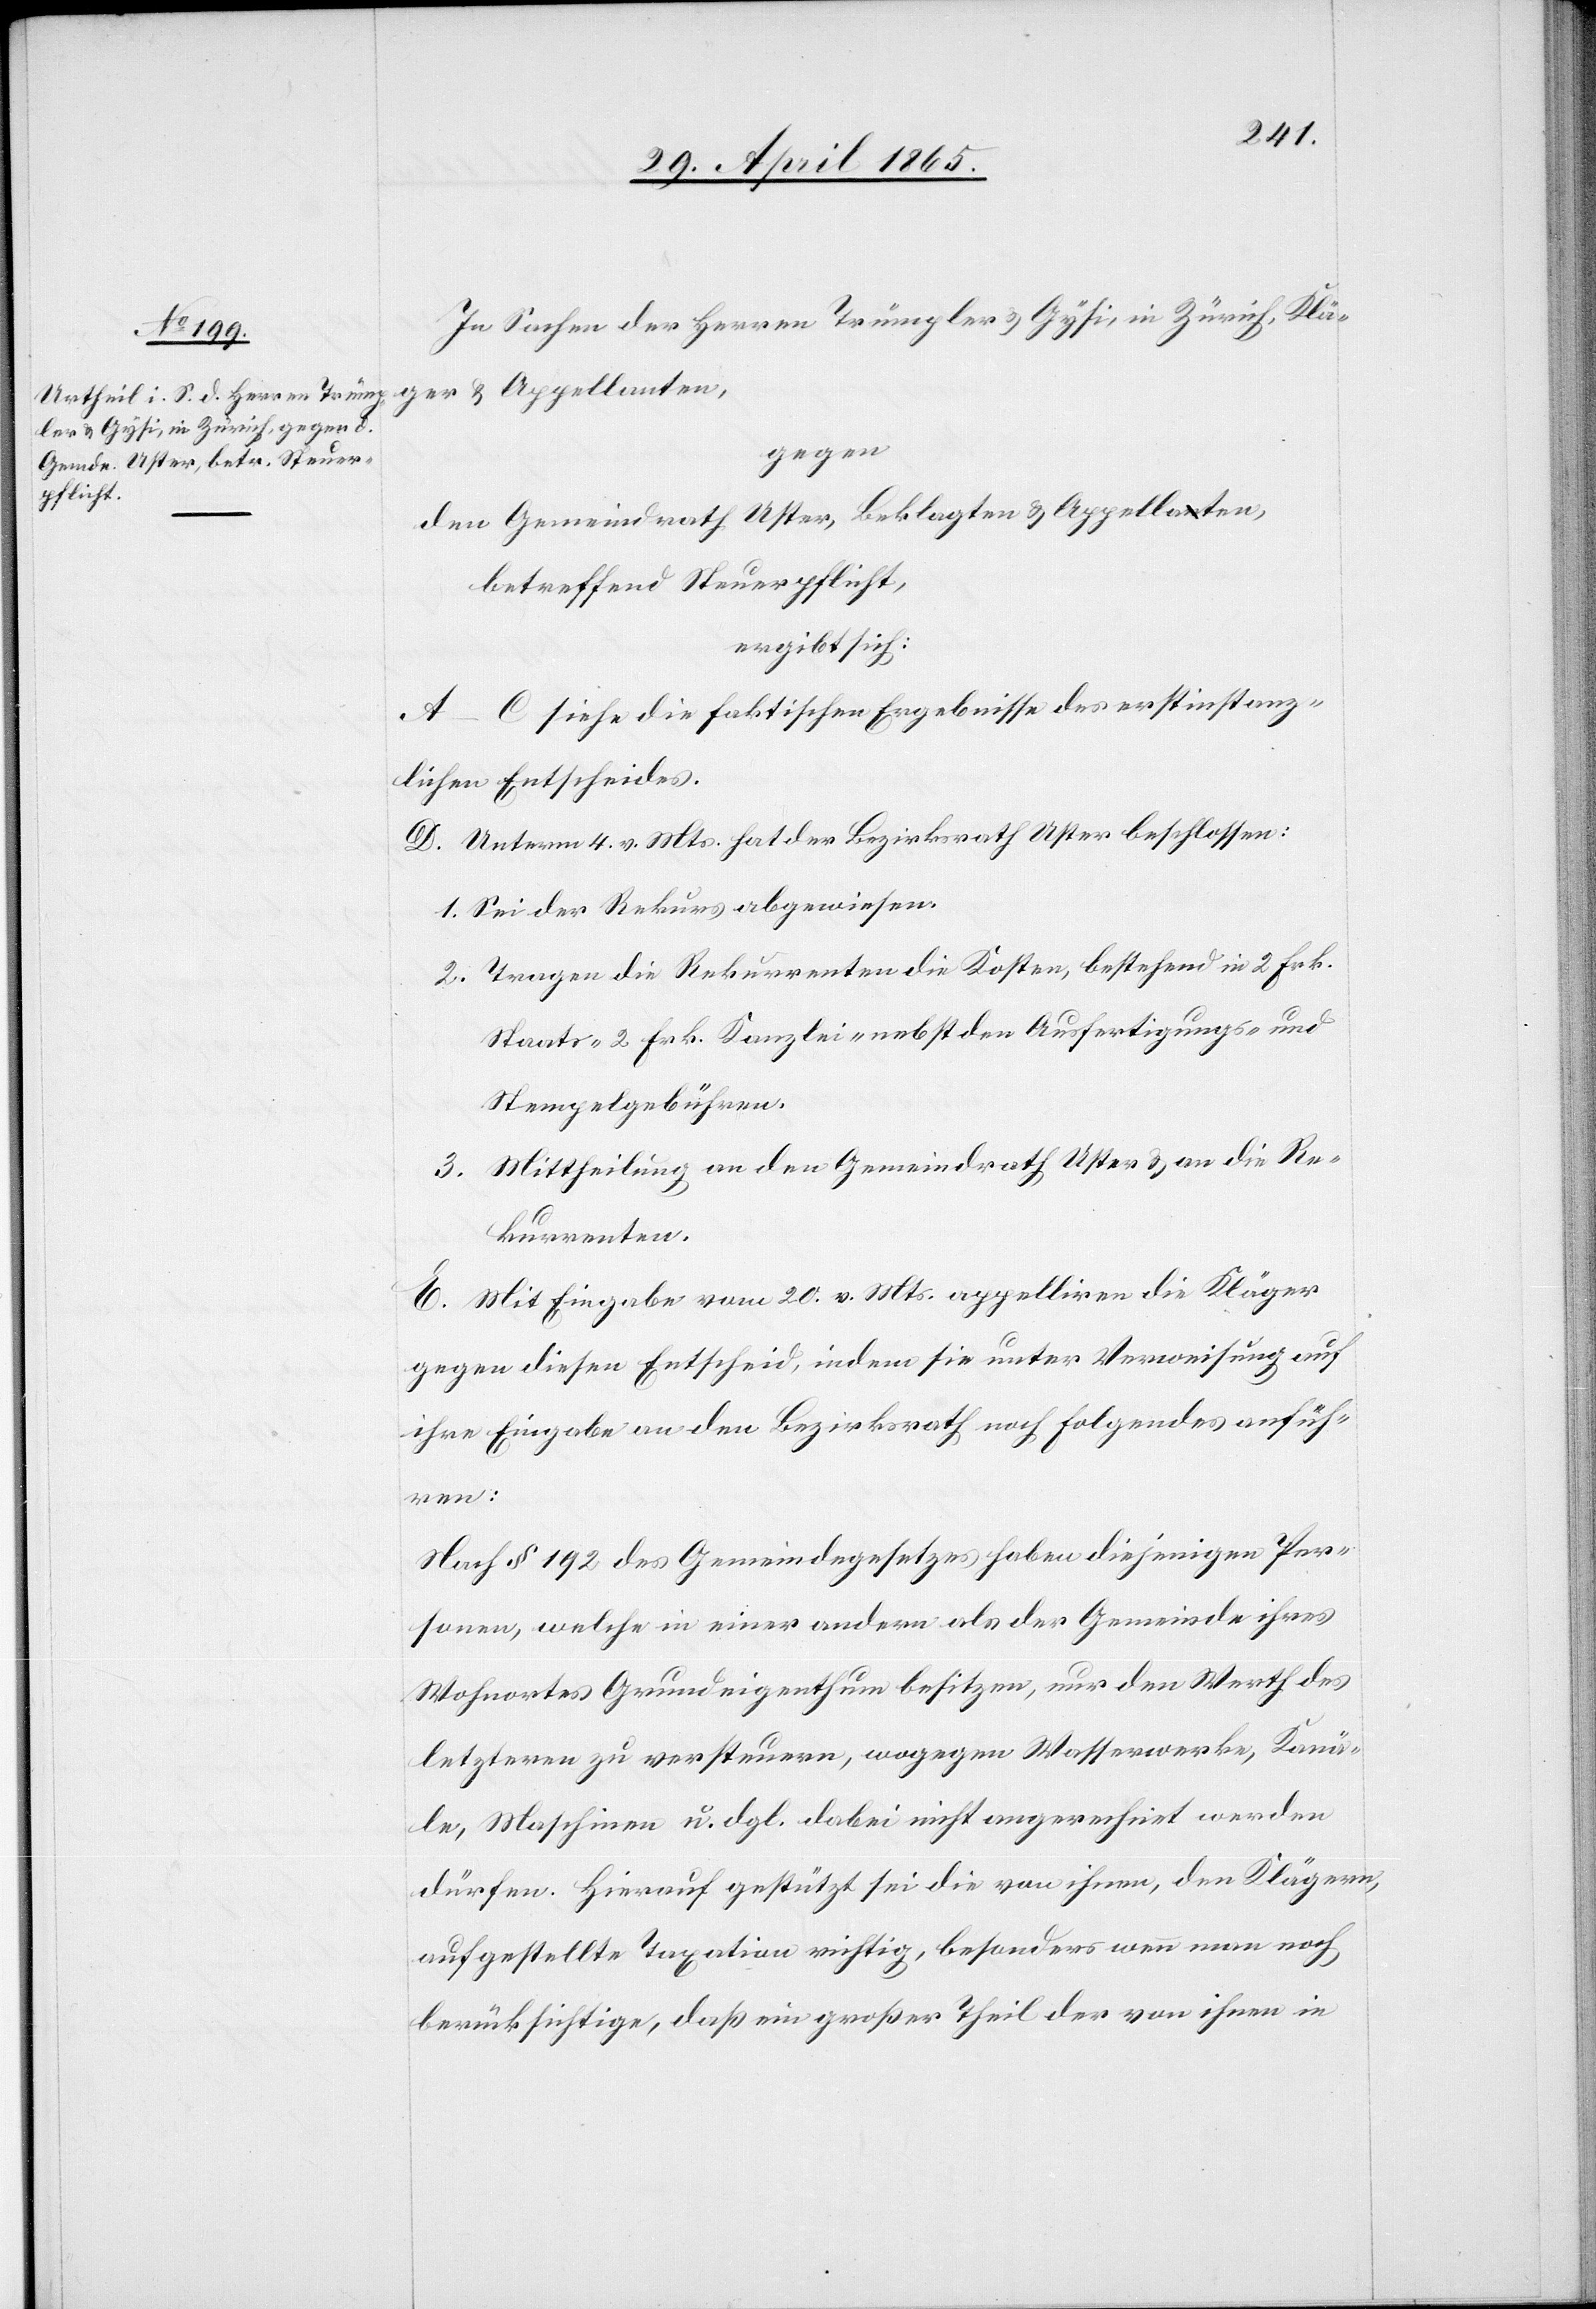
In Sachen der Herren Trümpler & Gysi, in Zürich, Klä¬
ger & Appellanten,
gegen
den Gemeindrath Uster, Beklagten & Appellaten,
betreffend Steuerpflicht,
ergibt sich:
A–C siehe die faktischen Ergebnisse des erstinstanz¬
lichen Entscheides.
D. Unterm 4 v. Mts. hat der Bezirksrath Uster beschlossen:
1. Sei der Rekurs abgewiesen.
2. Tragen die Rekurrenten die Kosten, bestehend in 2 Frk.
Staats-[,] 2 Frk. Kanzlei- nebst den Ausfertigungs- und
Stempelgebühren.
3. Mittheilung an den Gemeindrath Uster & an die Re¬
kurrenten.
E. Mit Eingabe vom 20. v. Mts. appelliren die Kläger
gegen diesen Entscheid, indem sie unter Verweisung auf
ihre Eingabe an den Bezirksrath nachfolgendes anfüh¬
ren:
Nach § 192 des Gemeindegesetzes haben diejenigen Per¬
sonen, welche in einer andern als der Gemeinde ihres
Wohnortes Grundeigenthum besitzen, nur den Werth des
letzteren zu versteuern, wogegen Wasserwerke, Kanä¬
le, Maschinen u. dgl. dabei nicht angerechnet werden
dürfen. Hierauf gestützt sei die von ihnen, den Klägern,
aufgestellte Taxation richtig, besonders wenn man noch
berücksichtige, daß ein großer Theil der von ihnen in